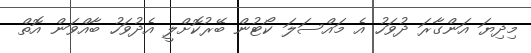
މިދިޔަ އަންގާރަ ދުވަހު އެ މައްސަލަ ކޯޓުން ބޭރުކޮށްލީ އެދުވަހު ބާއްވަން އޮތް